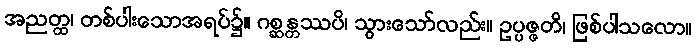
အညတ္ထ၊ တစ်ပါးသောအရပ်၌။ ဂစ္ဆန္တဿပိ၊ သွားသော်လည်း။ ဥပ္ပဇ္ဇတိ၊ ဖြစ်ပါသလော။